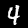
Label: 4